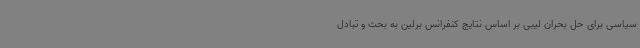
سیاسی برای حل بحران لیبی بر اساس نتایج کنفرانس برلین به بحث و تبادل